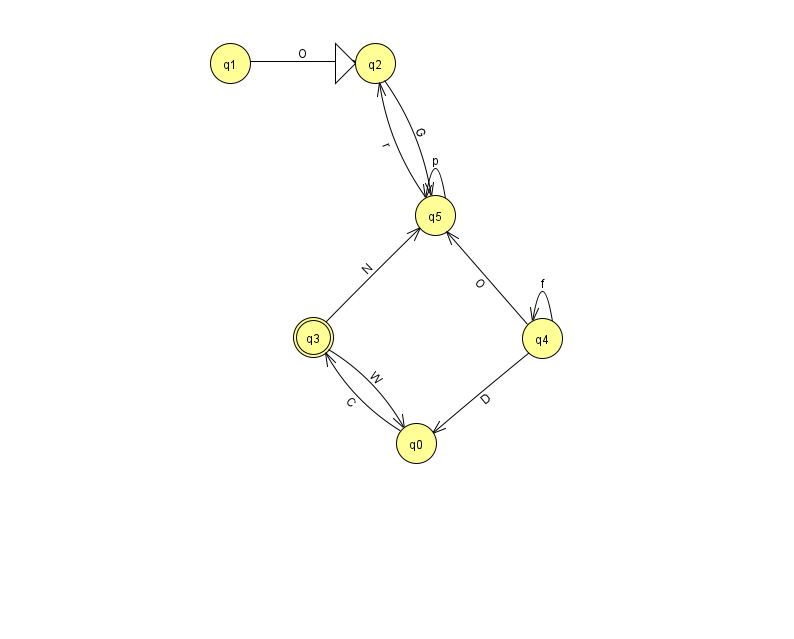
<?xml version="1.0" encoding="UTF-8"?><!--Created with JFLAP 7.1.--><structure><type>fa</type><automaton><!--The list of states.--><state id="0" name="q0"><x>416.0</x><y>430.0</y></state><state id="1" name="q1"><x>230.0</x><y>50.0</y></state><state id="2" name="q2"><x>375.0</x><y>50.0</y><initial/></state><state id="3" name="q3"><x>313.0</x><y>324.0</y><final/></state><state id="4" name="q4"><x>542.0</x><y>325.0</y></state><state id="5" name="q5"><x>435.0</x><y>202.0</y></state><!--The list of transitions.--><transition><from>3</from><to>5</to><read>N</read></transition><transition><from>4</from><to>0</to><read>D</read></transition><transition><from>5</from><to>5</to><read>p</read></transition><transition><from>5</from><to>2</to><read>r</read></transition><transition><from>2</from><to>5</to><read>G</read></transition><transition><from>4</from><to>4</to><read>f</read></transition><transition><from>1</from><to>2</to><read>O</read></transition><transition><from>0</from><to>3</to><read>C</read></transition><transition><from>4</from><to>5</to><read>O</read></transition><transition><from>3</from><to>0</to><read>W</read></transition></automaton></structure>